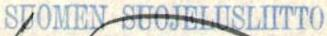
SUOMEN SUOJELUSLIITTO